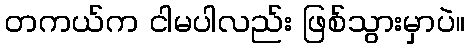
တကယ်က ငါမပါလည်း ဖြစ်သွားမှာပဲ။